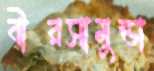
বীরসামুন্ডা